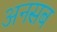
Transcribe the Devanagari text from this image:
अनसब